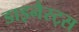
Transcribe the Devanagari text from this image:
डाइनैस्ट्स